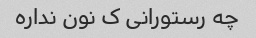
چه رستورانی ک نون نداره